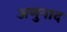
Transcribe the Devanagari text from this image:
अणुनाद